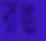
রঙ